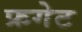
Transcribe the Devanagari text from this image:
फ्रगेट